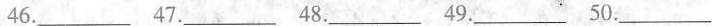
46.___ 47.___ 48.___ 49.___ 50.___